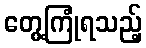
တွေ့ကြုံရသည့်